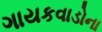
ગાયકવાડોના